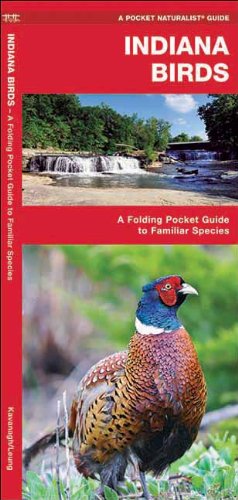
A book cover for Indiana Birds: A Folding Pocket Guide to Familiar Species (Pocket Naturalist Guide Series); James Kavanagh; Travel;